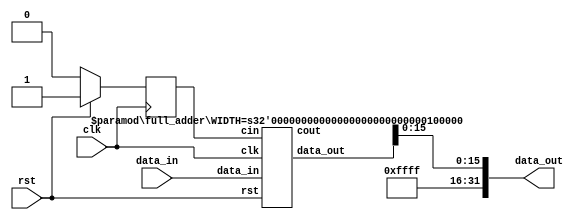
module full_adder_top #(parameter WIDTH=32) (clk,rst,data_in,data_out);
    input clk;
    input rst;
    input [WIDTH-1:0] data_in;
    output [WIDTH-1:0] data_out;

    reg cin;
    wire [WIDTH-1:0] d_out;
    wire cout;
    
        
    always @ (negedge clk) begin
        if (!rst)
            cin <= 0;
        else
            cin <= 1;
    end

    full_adder #(.WIDTH(WIDTH)) full_adder_inst (.clk(clk),.rst(rst),.data_in(data_in),.data_out(d_out),.cin(cin),.cout(cout));


    assign data_out[31:16]=16'hffff;
    assign data_out[15:0]=d_out;
//    assign cout=cout;
endmodule

module full_adder #(parameter WIDTH=32)(
    input clk,
    input rst,
    input cin,
    input [WIDTH-1:0] data_in,
    output reg [WIDTH-1:0] data_out,
    output reg cout
    );
    
    reg [15:0] a,b;
    reg c;
    
    always @(negedge clk) begin
        if (rst) begin
            a<=0;
            b<=0;
            c<=0;
            cout <= 0;
            data_out <= 0;
        end else begin
            a <= data_in[15:0];
            b <= data_in[31:16];
            c <= cin;
            data_out <= a^b^c;
            cout <= (a & b)|(c & b)|(a & c);
        end
            
    end
endmodule